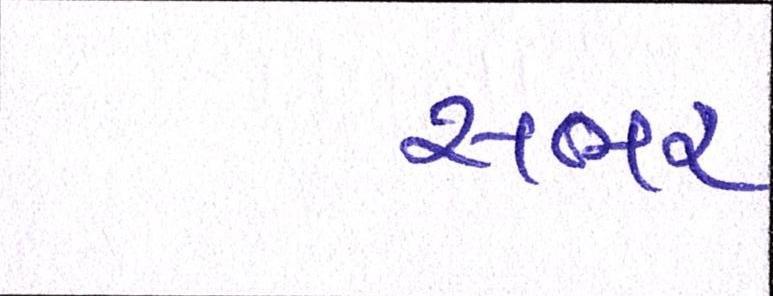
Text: સભર